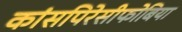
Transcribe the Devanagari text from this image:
कांसपिरेसीफोबिया